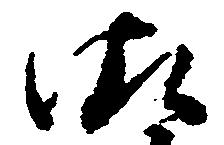
御